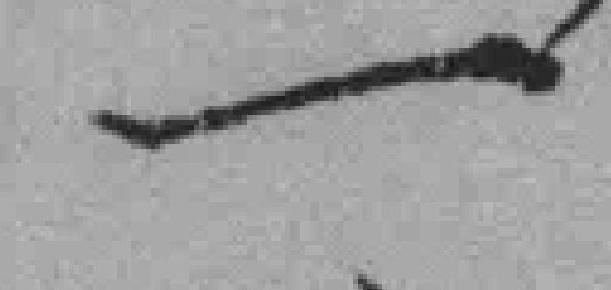
一